Indian journal of veterinary science and animal husbandry - Volume 11,
Year: 1941
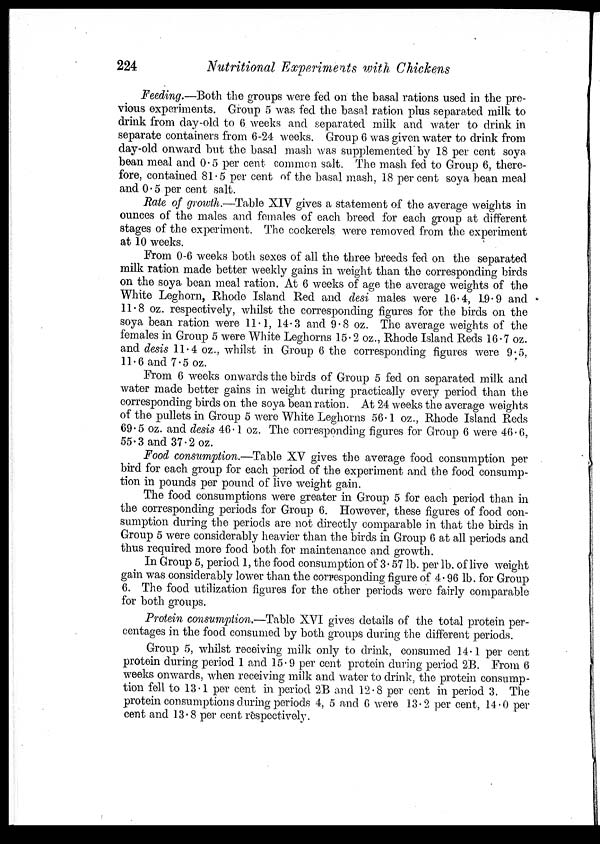
224
Nutritional Experiments with Chickens
Feeding.—Both the groups were fed on the basal rations used in the pre-
vious experiments. Group 5 was fed the basal ration plus separated milk to
drink from day-old to 6 weeks and separated milk and water to drink in
separate containers from 6-24 weeks. Group 6 was given water to drink from
day-old onward but the basal mash was supplemented by 18 per cent soya-
bean meal and 0.5 per cent common salt. The mash fed to Group 6, there-
fore, contained 81.5 per cent of the basal mash, 18 per cent soya bean meal
and 0 . 5 per cent salt.
Rate of growth.—Table XIV gives a statement of the average weights in
ounces of the males and females of each breed for each group at different
stages of the experiment. The cockerels, were removed from the experiment
at 10 weeks.
From 0-6 weeks both sexes of all the three breeds fed on the separated
milk ration made better weekly gains in weight than the corresponding birds
on the soya bean meal ration. At 6 weeks of age the average weights of the
White Leghorn, Rhode Island Red and desi males were 16.4, 19.9 and
11.8 oz. respectively, whilst the corresponding figures for the birds on the
soya bean ration were 11.1, 14.3 and 9.8 oz. The average weights of the
females in Group 5 were White Leghorns 15. 2 oz., Rhode Island Reds 16.7 oz.
and desis 11.4 oz., whilst in Group 6 the corresponding figures were 9.5,
11.6 and 7.5 oz.
From 6 weeks onwards the birds of Group 5 fed on separated milk and
water made better gains in weight during practically every period than the
corresponding birds on the soya bean ration. At 24 weeks the average weights
of the pullets in Group 5 were White Leghorns 56.1 oz., Rhode Island Reds
69.5 oz. and desis 46.1 oz. The corresponding figures for Group 6 were 46.6,
55.3 and 37.2 oz.
Food consumption.—Table XV gives the average food consumption per
bird for each group for each period of the experiment and the food consump-
tion in pounds per pound of live weight gain.
The food consumptions were greater in Group 5 for each period than in
the corresponding periods for Group 6. However, these figures of food con-
sumption during the periods are not directly comparable in that the birds in
Group 5 were considerably heavier than the birds in Group 6 at all periods and
thus required more food both for maintenance and growth.
In Group 5, period 1, the food consumption of 3. 57 lb. per lb. of live weight
gain was considerably lower than the corresponding figure of 4. 96 lb. for Group
6. The food utilization figures for the other periods were fairly comparable
for both groups.
Protein consumption.—Table XVI gives details of the total protein per-
centages in the food consumed by both groups during the different periods.
Group 5, whilst receiving milk only to drink, consumed 14.1 per cent
protein during period 1 and 15. 9 per cent protein during period 2B. From 6
weeks onwards, when receiving milk and water to drink, the protein consump-
tion fell to 13.1 per cent in period 2B and 12.8 per cent in period 3. The
protein consumptions during periods 4, 5 and 6 were 13.2 per cent, 14.0 per
cent and 13.8 per cent respectively.